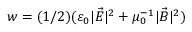
w = ( 1 / 2 ) ( \varepsilon _ { 0 } | { \vec { E } } | ^ { 2 } + \mu _ { 0 } ^ { - 1 } | { \vec { B } } | ^ { 2 } )